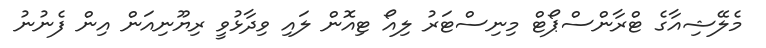
މެލޭޝިއާގެ ޓްރާންސްޕޯޓް މިނިސްޓަރު ލިއޯ ޓިއޮން ލައި ވިދާޅުވީ ރިޔޫނިއަން އިން ފެނުނު